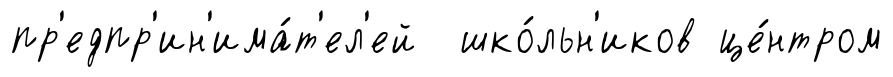
пр'едпр'ин'има́т'ел'ей шко́льн'иков це́нтром